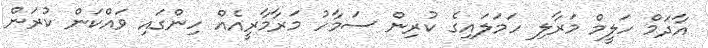
އާދަމް ހަލީމް މަރާލި ހަމަލައިގެ ކުރިން ސަމާހު މަރާމާރީއެއް ހިންގައި ވައްކަން ކުރަން